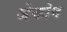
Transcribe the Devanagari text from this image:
जेकोव